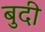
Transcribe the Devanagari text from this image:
बुदी